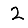
Digit: 2